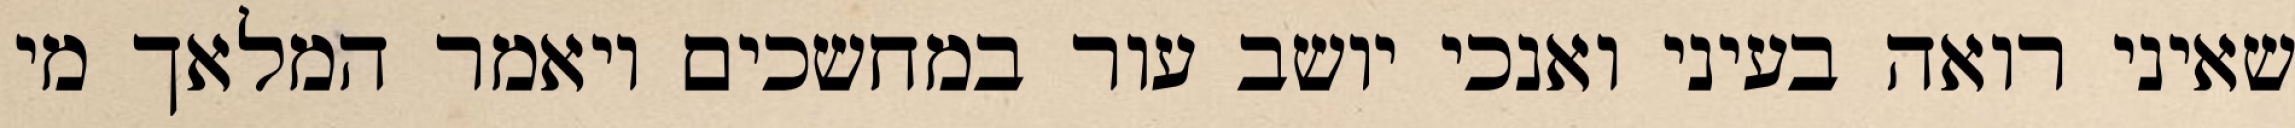
שאיני רואה בעיני ואנכי יושב עור במחשכים ויאמר המלאך מי